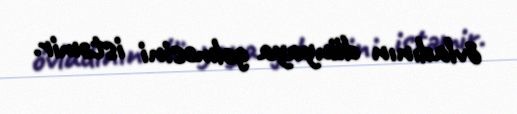
övladının dünyaya gəlməsini istəmir.